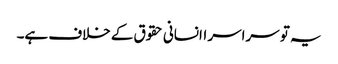
یہ تو سراسر اانسانی حقوق کے خلاف ہے۔